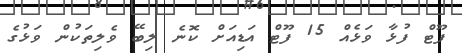
ފޫޓް ފުޅާ ވަޅެއް 15 ފޫޓް އަޑިއަށް ކޮނެ ލިބޭ ވެލިތަކުން ވަޅުގެ